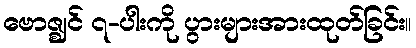
ဗောဇ္ဈင် ၇-ပါးကို ပွားများအားထုတ်ခြင်း။